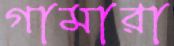
গামারা